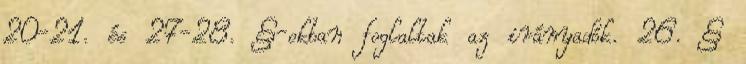
20-21. és 27-28. §-okban foglaltak az irányadók. 26. §